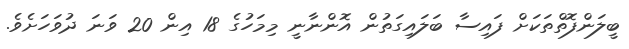
ބީލަންފޮތްތަކަށް ފައިސާ ބަލައިގަތުން އޮންނާނީ މިމަހުގެ 18 އިން 20 ވަނަ ދުވަހަށެވެ.